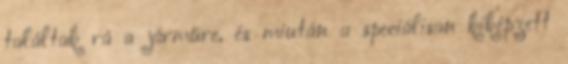
találtak rá a járműre, és miután a speciálisan kiképzett